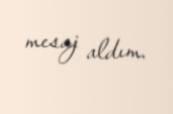
mesaj aldım.